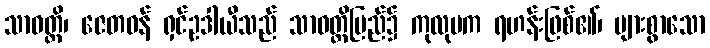
သာဝတ္ထိ၊ ဇေတဝန် ရှင်ဥဒါယီသည် သာဝတ္ထိပြည်၌ ကုလုပက ရဟန်းဖြစ်၏၊ များစွာသော